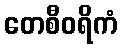
တေစီဝရိကံ